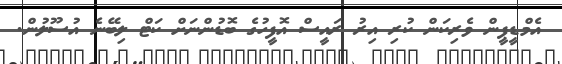
އެމްޑީޕީން ވެރިކަން ކުރި އިރު ރައީސް އޮފީހުގެ ބޮޑުންނަށް ކަޓް ލިބޭނެ އުސޫލުން.